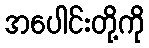
အပေါင်းတို့ကို